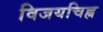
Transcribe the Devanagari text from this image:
विजयचिह्न